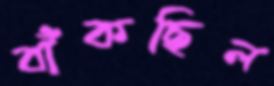
বাঁকছিল